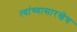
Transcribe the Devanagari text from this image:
त्यांच्यासारखेच